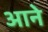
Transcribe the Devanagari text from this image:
अाने